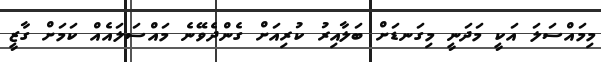
މިމައްސަލަ އަކީ މަދަނީ މިގަނޑަށް ބަލާއިރު ކުރިއަށް ގެންދެވޭނެ މައްސަލައެއް ކަމަށް ގާޒީ